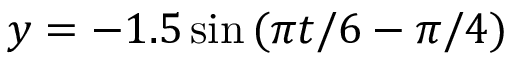
y = - 1 . 5 \sin { ( \pi t / 6 - \pi / 4 ) }